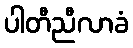
ပါတီညီလာခံ